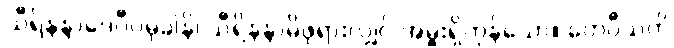
သီရိနန္ဒာဒေဝီပမုခါနိ၊ သီရိနန္ဒာမိဖုရားလျှင် အမှူးရှိကုန်သော။ တေဝီသတိ